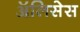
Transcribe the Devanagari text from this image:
ॲलिसेस